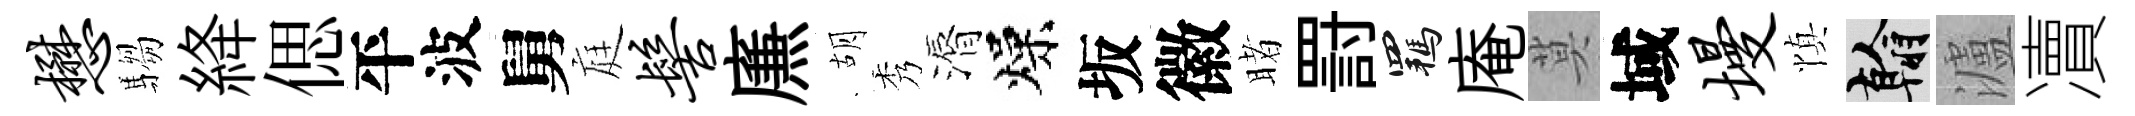
懋騶絳偲平波舅庭髻㢘胡秀漘燥坂徽睹罸羈庵莫域墁慎翰瀘凟